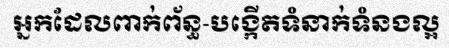
អ្នកដែលពាក់ព័ន្ធ-បង្កើតទំនាក់ទំនងល្អ